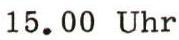
15.00 Uhr